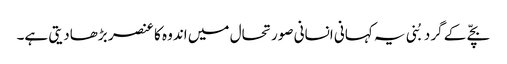
بچّے کے گرد بُنی یہ کہانی انسانی صورتحال میں اندو ہ کا عنصر بڑھادیتی ہے۔